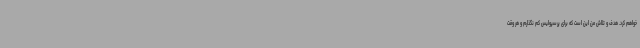
خواهم کرد. هدف و تلاش من این است که برای پرسپولیس کم نگذارم و هر وقت